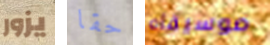
يزور حقا موسيقاه